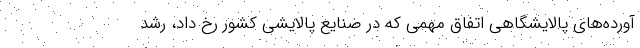
آورده‌های پالایشگاهی اتفاق مهمی که در صنایع پالایشی کشور رخ داد، رشد